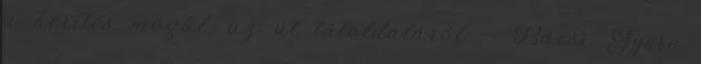
a kerítés mögül, az út túloldaláról: – Bácsi Gyere